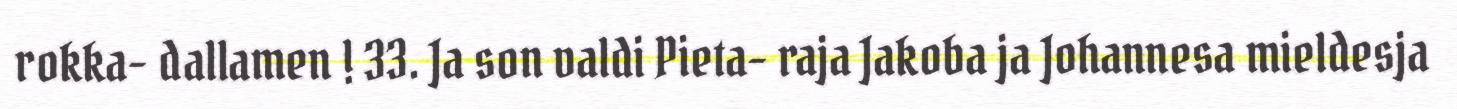
rokka- dallamen ! 33. Ja son valdi Pieta- raja Jakoba ja Johannesa mieldesja